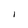
Character: I